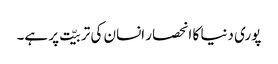
پوری دنیا کا انحصار انسان کی تربیّت پر ہے۔